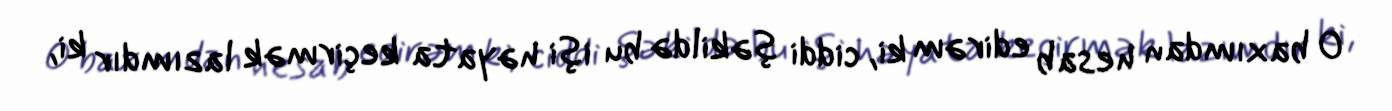
O baxımdan hesab edirəm ki, ciddi şəkildə bu işi həyata keçirmək lazımdır ki,